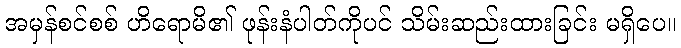
အမှန်စင်စစ် ဟိရောမိ၏ ဖုန်းနံပါတ်ကိုပင် သိမ်းဆည်းထားခြင်း မရှိပေ။